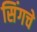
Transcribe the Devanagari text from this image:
सिंगचे